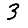
Digit: 3